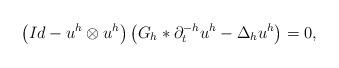
LaTeX: \begin{align*}\left( Id - u^h\otimes u^h\right) \left( G_h\ast \partial_t^{-h}u^h -\Delta_h u^h\right) =0, \end{align*}